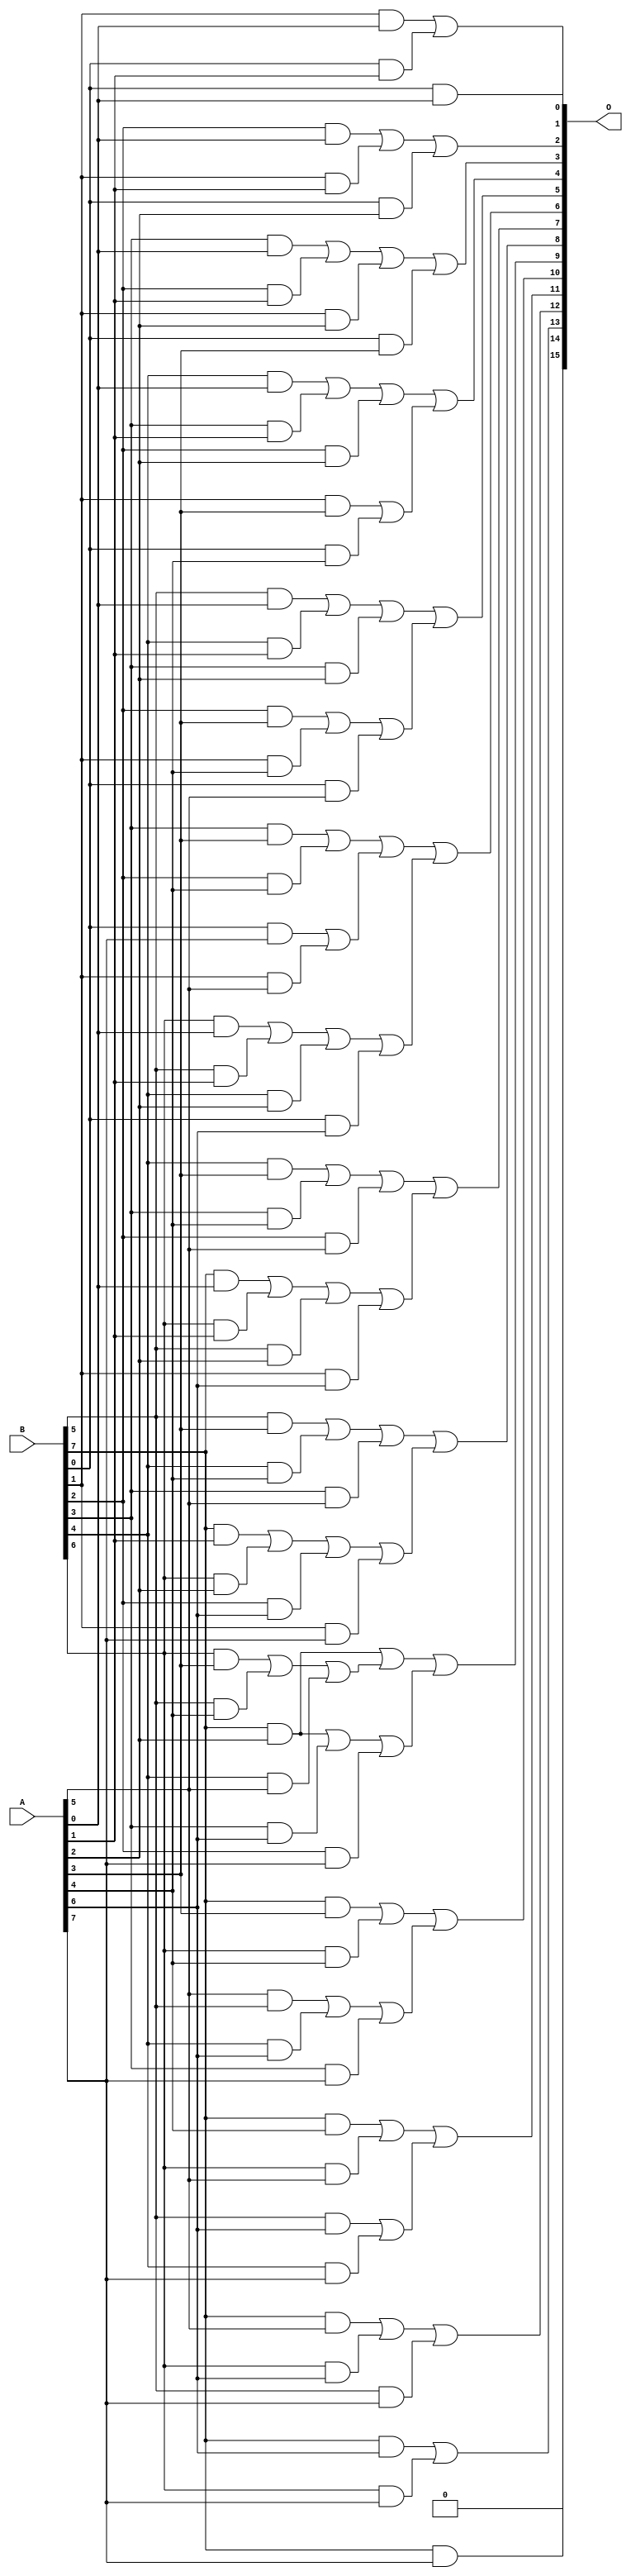
/***
* This code is a part of EvoApproxLib library (ehw.fit.vutbr.cz/approxlib) distributed under The MIT License.
* When used, please cite the following article(s): V. Mrazek, R. Hrbacek, Z. Vasicek and L. Sekanina, "EvoApprox8b: Library of approximate adders and multipliers for circuit design and benchmarking of approximation methods". Design, Automation & Test in Europe Conference & Exhibition (DATE), 2017, Lausanne, 2017, pp. 258-261. doi: 10.23919/DATE.2017.7926993 
* This file contains a circuit from a sub-set of pareto optimal circuits with respect to the pwr and ep parameters
***/
// MAE% = 4.84 %
// MAE = 3169 
// WCE% = 49.22 %
// WCE = 32258 
// WCRE% = 66.67 %
// EP% = 88.71 %
// MRE% = 15.66 %
// MSE = 33602.746e3 
// PDK45_PWR = 0.061 mW
// PDK45_AREA = 220.6 um2
// PDK45_DELAY = 0.26 ns

module mul8u_Z9D (
    A,
    B,
    O
);

input [7:0] A;
input [7:0] B;
output [15:0] O;

wire sig_16,sig_17,sig_18,sig_19,sig_20,sig_21,sig_22,sig_23,sig_24,sig_25,sig_26,sig_27,sig_28,sig_29,sig_30,sig_31,sig_32,sig_33,sig_34,sig_35;
wire sig_36,sig_37,sig_38,sig_39,sig_40,sig_41,sig_42,sig_43,sig_44,sig_45,sig_46,sig_47,sig_48,sig_49,sig_50,sig_51,sig_52,sig_53,sig_54,sig_55;
wire sig_56,sig_57,sig_58,sig_59,sig_60,sig_62,sig_64,sig_65,sig_66,sig_67,sig_68,sig_69,sig_70,sig_71,sig_72,sig_73,sig_74,sig_75,sig_76,sig_77;
wire sig_78,sig_79,sig_80,sig_82,sig_85,sig_87,sig_90,sig_92,sig_95,sig_97,sig_98,sig_100,sig_102,sig_105,sig_107,sig_110,sig_113,sig_114,sig_116,sig_119;
wire sig_121,sig_124,sig_126,sig_129,sig_131,sig_134,sig_136,sig_139,sig_141,sig_146,sig_147,sig_153,sig_158,sig_163,sig_168,sig_183,sig_185,sig_187,sig_192,sig_195;
wire sig_197,sig_200,sig_202,sig_205,sig_210,sig_212,sig_215,sig_218,sig_231,sig_236,sig_241,sig_246,sig_251,sig_254;

assign sig_16 = B[0] & A[0];
assign sig_17 = B[1] & A[0];
assign sig_18 = B[2] & A[0];
assign sig_19 = B[3] & A[0];
assign sig_20 = B[4] & A[0];
assign sig_21 = B[5] & A[0];
assign sig_22 = B[6] & A[0];
assign sig_23 = B[7] & A[0];
assign sig_24 = B[0] & A[1];
assign sig_25 = B[1] & A[1];
assign sig_26 = B[2] & A[1];
assign sig_27 = B[3] & A[1];
assign sig_28 = B[4] & A[1];
assign sig_29 = B[5] & A[1];
assign sig_30 = B[6] & A[1];
assign sig_31 = B[7] & A[1];
assign sig_32 = B[0] & A[2];
assign sig_33 = B[1] & A[2];
assign sig_34 = B[2] & A[2];
assign sig_35 = B[3] & A[2];
assign sig_36 = B[4] & A[2];
assign sig_37 = B[5] & A[2];
assign sig_38 = B[6] & A[2];
assign sig_39 = B[7] & A[2];
assign sig_40 = B[0] & A[3];
assign sig_41 = B[1] & A[3];
assign sig_42 = B[2] & A[3];
assign sig_43 = B[3] & A[3];
assign sig_44 = B[4] & A[3];
assign sig_45 = B[5] & A[3];
assign sig_46 = B[6] & A[3];
assign sig_47 = B[7] & A[3];
assign sig_48 = B[0] & A[4];
assign sig_49 = B[1] & A[4];
assign sig_50 = B[2] & A[4];
assign sig_51 = B[3] & A[4];
assign sig_52 = B[4] & A[4];
assign sig_53 = B[5] & A[4];
assign sig_54 = B[6] & A[4];
assign sig_55 = B[7] & A[4];
assign sig_56 = B[0] & A[5];
assign sig_57 = B[1] & A[5];
assign sig_58 = B[2] & A[5];
assign sig_59 = B[3] & A[5];
assign sig_60 = B[4] & A[5];
assign sig_62 = B[6] & A[5];
assign sig_64 = B[0] & A[6];
assign sig_65 = B[1] & A[6];
assign sig_66 = B[2] & A[6];
assign sig_67 = B[3] & A[6];
assign sig_68 = B[4] & A[6];
assign sig_69 = B[5] & A[6];
assign sig_70 = B[6] & A[6];
assign sig_71 = B[7] & A[6];
assign sig_72 = B[0] & A[7];
assign sig_73 = B[1] & A[7];
assign sig_74 = B[2] & A[7];
assign sig_75 = B[3] & A[7];
assign sig_76 = B[4] & A[7];
assign sig_77 = B[5] & A[7];
assign sig_78 = B[6] & A[7];
assign sig_79 = B[7] & A[7];
assign sig_80 = sig_17 | sig_24;
assign sig_82 = sig_18 | sig_25;
assign sig_85 = sig_82 | sig_32;
assign sig_87 = sig_19 | sig_26;
assign sig_90 = sig_87 | sig_33;
assign sig_92 = sig_20 | sig_27;
assign sig_95 = sig_92 | sig_34;
assign sig_97 = sig_21 | sig_28;
assign sig_98 = A[5] & B[5];
assign sig_100 = sig_97 | sig_35;
assign sig_102 = sig_22 | sig_29;
assign sig_105 = sig_102 | sig_36;
assign sig_107 = sig_23 | sig_30;
assign sig_110 = sig_107 | sig_37;
assign sig_113 = sig_31 | sig_38;
assign sig_114 = sig_41 | sig_48;
assign sig_116 = sig_42 | sig_49;
assign sig_119 = sig_116 | sig_56;
assign sig_121 = sig_43 | sig_50;
assign sig_124 = sig_72 | sig_57;
assign sig_126 = sig_44 | sig_51;
assign sig_129 = sig_126 | sig_58;
assign sig_131 = sig_45 | sig_52;
assign sig_134 = sig_131 | sig_59;
assign sig_136 = sig_46 | sig_53;
assign sig_139 = sig_136 | sig_60;
assign sig_141 = sig_47 | sig_54;
assign sig_146 = B[7] & A[5];
assign sig_147 = sig_55 | sig_62;
assign sig_153 = sig_90 | sig_40;
assign sig_158 = sig_95 | sig_114;
assign sig_163 = sig_100 | sig_119;
assign sig_168 = sig_121 | sig_124;
assign sig_183 = sig_39 | sig_139;
assign sig_185 = sig_105 | sig_64;
assign sig_187 = sig_110 | sig_65;
assign sig_192 = sig_113 | sig_66;
assign sig_195 = sig_192 | sig_73;
assign sig_197 = sig_39 | sig_67;
assign sig_200 = sig_197 | sig_74;
assign sig_202 = sig_98 | sig_68;
assign sig_205 = sig_202 | sig_75;
assign sig_210 = sig_69 | sig_76;
assign sig_212 = sig_146 | sig_70;
assign sig_215 = sig_212 | sig_77;
assign sig_218 = sig_71 | sig_78;
assign sig_231 = sig_168 | sig_185;
assign sig_236 = sig_129 | sig_187;
assign sig_241 = sig_134 | sig_195;
assign sig_246 = sig_183 | sig_200;
assign sig_251 = sig_141 | sig_205;
assign sig_254 = sig_147 | sig_210;

assign O[15] = 1'b0;
assign O[14] = sig_79;
assign O[13] = sig_218;
assign O[12] = sig_215;
assign O[11] = sig_254;
assign O[10] = sig_251;
assign O[9] = sig_246;
assign O[8] = sig_241;
assign O[7] = sig_236;
assign O[6] = sig_231;
assign O[5] = sig_163;
assign O[4] = sig_158;
assign O[3] = sig_153;
assign O[2] = sig_85;
assign O[1] = sig_80;
assign O[0] = sig_16;

endmodule